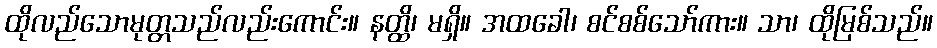
ထိုလည်သောမုတ္တသည်လည်းကောင်း။ နတ္ထိ၊ မရှိ။ အထခေါ၊ စင်စစ်သော်ကား။ သာ၊ ထိုမြစ်သည်။